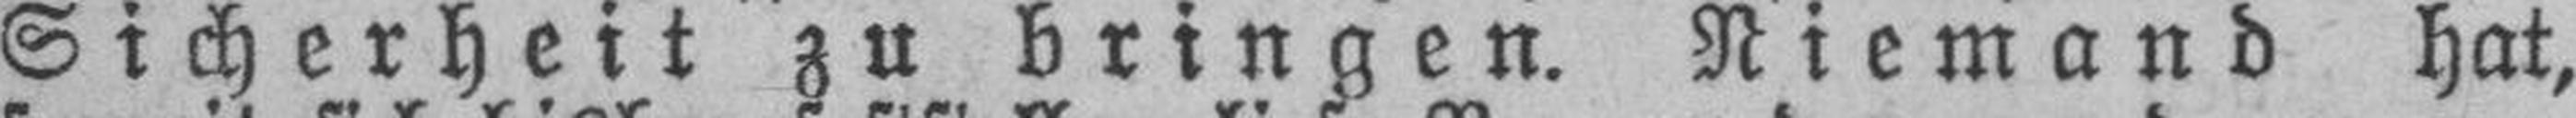
Sicherheit zu bringen. Niemand hat,